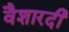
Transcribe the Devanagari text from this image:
वैशारदी